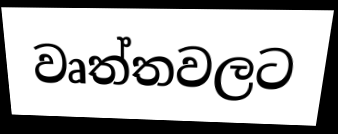
වෘත්තවලට